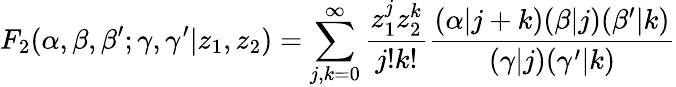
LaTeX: F_{2}(\alpha,\beta,\beta^{\prime};\gamma,\gamma^{\prime}|z_{1},z_{2})=\sum_{j,k=0}^{\infty}\frac{z_{1}^{j}z_{2}^{k}}{j!k!}\frac{(\alpha|j+k)(\beta|j)(\beta^{\prime}|k)}{(\gamma|j)(\gamma^{\prime}|k)}